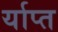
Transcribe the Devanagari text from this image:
र्याप्त